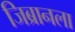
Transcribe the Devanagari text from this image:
जिब्रानला